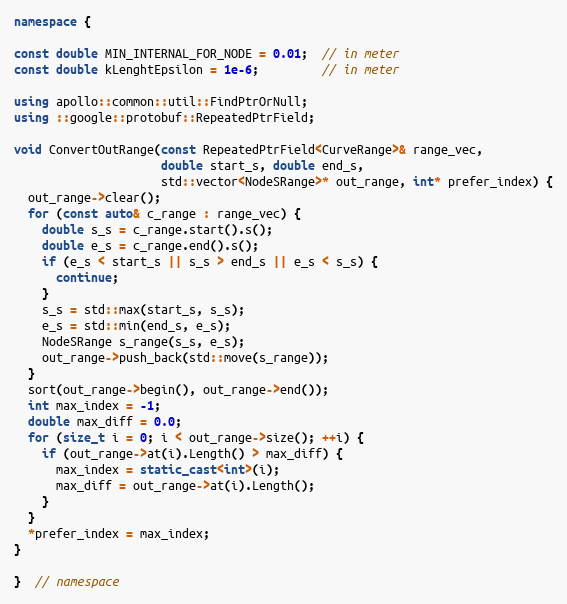
Language: C++
namespace {

const double MIN_INTERNAL_FOR_NODE = 0.01;  // in meter
const double kLenghtEpsilon = 1e-6;         // in meter

using apollo::common::util::FindPtrOrNull;
using ::google::protobuf::RepeatedPtrField;

void ConvertOutRange(const RepeatedPtrField<CurveRange>& range_vec,
                     double start_s, double end_s,
                     std::vector<NodeSRange>* out_range, int* prefer_index) {
  out_range->clear();
  for (const auto& c_range : range_vec) {
    double s_s = c_range.start().s();
    double e_s = c_range.end().s();
    if (e_s < start_s || s_s > end_s || e_s < s_s) {
      continue;
    }
    s_s = std::max(start_s, s_s);
    e_s = std::min(end_s, e_s);
    NodeSRange s_range(s_s, e_s);
    out_range->push_back(std::move(s_range));
  }
  sort(out_range->begin(), out_range->end());
  int max_index = -1;
  double max_diff = 0.0;
  for (size_t i = 0; i < out_range->size(); ++i) {
    if (out_range->at(i).Length() > max_diff) {
      max_index = static_cast<int>(i);
      max_diff = out_range->at(i).Length();
    }
  }
  *prefer_index = max_index;
}

}  // namespace